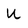
Character: U